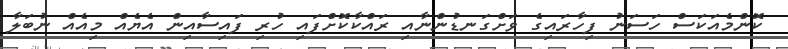
ކޮންމެއަކަސް ހަސަނު ފިހާރައިގެ ވަށްގަނޑުންނާއި ރައްކާކޮށްފައި ހުރި ފައިސާއިން އެޔެއް މިއެއް ނުބަލާ